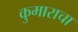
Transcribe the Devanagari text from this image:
कुमाराचा